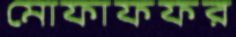
মোফাফফর